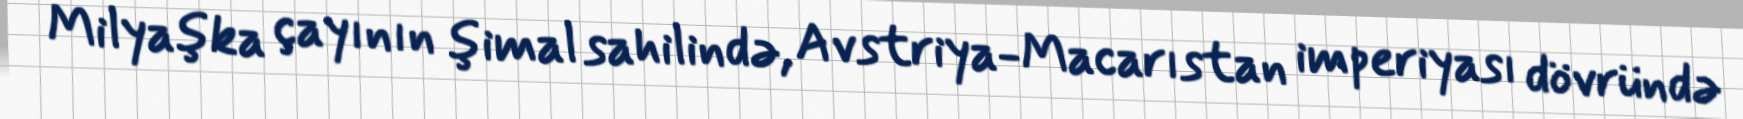
Milyaşka çayının şimal sahilində, Avstriya-Macarıstan imperiyası dövründə